Reports on dispensaries and lunatic asylums in the Province of Oudh - 1869-1876
Year: 1869
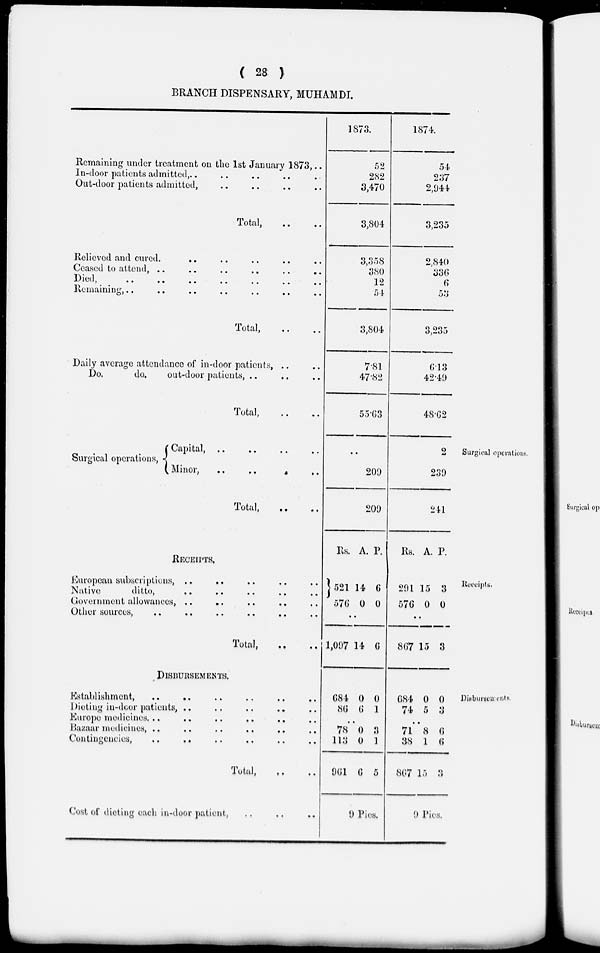
( 28 )
BRANCH DISPENSARY, MUHAMDI.
Remaining under treatment on the 1st January 1873, ..
In-door patients admitted, .. .. .. .. ..
Out-door patients admitted , .. .. .. ..
Total, .. ..
Relieved and cured. .. .. .. .. ..
Ceased to attend, .. .. .. .. .. ..
Died, .. .. .. .. .. .. ..
Remaining, .. .. .. .. .. .. ..
Total, .. ..
Daily average attendance of in-door patients, .. ..
Do,
do.
out-door patients, .. .. ..
Total, .. ..
1873.
52
282
3,470
3,804
3,358
380
12
54
3,804
7.81
47.82
55.63
1874.
54
237
2,944
3,235
2,840
336
6
53
3,235
6.13
42.49
48.62
Surgical operations.
Surgical operations,
Capital, .. .. .. ..
Minor,
..
..
..
..
Total, .. ..
..
209
209
2
239
241
Receipts.
RECEIPTS.
European subscriptions, .. .. .. .. ..
Native
ditto, .. .. .. .. ..
Government allowances, .. .. .. .. ..
Other sources,
..
..
..
..
..
..
Total, .. ..
Rs.
521
576
A.
14
0
P.
6
0
..
1,097 14 6
Rs.
291
576
A.
15
0
P.
3
0
..
867 15 3
Disbursements.
DISBURSEMENTS.
Establishment, .. .. .. .. .. ..
Dieting in-door patients, .. .. .. .. ..
Europe medicines. .. .. .. .. .. ..
Bazaar medicines, .. .. .. .. .. ..
Contingencies, .. .. .. .. .. ..
Total, .. ..
Cost of dieting each in-door patient, .. .. ..
684
86
0
6
0
1
..
78
113
961
0
0
6
3
1
5
9 Pies.
684
74
0
5
0
3
..
71
38
867
8
1
15
6
6
3
9 Pies.